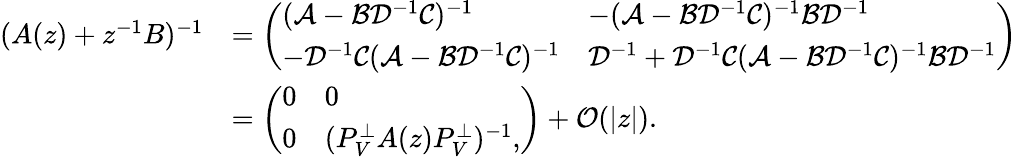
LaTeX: \begin{array}{rl}{(A(z)+z^{-1}B)^{-1}}&{=\left(\begin{array}{ll}{(\mathcal{A}-\mathcal{B}\mathcal{D}^{-1}\mathcal{C})^{-1}}&{-(\mathcal{A}-\mathcal{B}\mathcal{D}^{-1}\mathcal{C})^{-1}\mathcal{B}\mathcal{D}^{-1}}\\ {-\mathcal{D}^{-1}\mathcal{C}(\mathcal{A}-\mathcal{B}\mathcal{D}^{-1}\mathcal{C})^{-1}}&{\mathcal{D}^{-1}+\mathcal{D}^{-1}\mathcal{C}(\mathcal{A}-\mathcal{B}\mathcal{D}^{-1}\mathcal{C})^{-1}\mathcal{B}\mathcal{D}^{-1}}\end{array}\right)}\\ &{=\left(\begin{array}{ll}{0}&{0}\\ {0}&{(P_{V}^{\perp}A(z)P_{V}^{\perp})^{-1},}\end{array}\right)+{\mathcal O}(|z|).}\end{array}